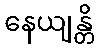
နေယျန္တိ